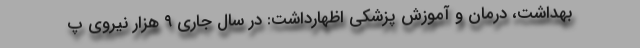
بهداشت، درمان و آموزش پزشکی اظهارداشت: در سال جاری ۹ هزار نیروی پ